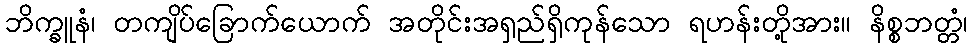
ဘိက္ခူနံ၊ တကျိပ်ခြောက်ယောက် အတိုင်းအရှည်ရှိကုန်သော ရဟန်းတို့အား။ နိစ္စဘတ္တံ၊